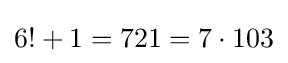
6!+1=721=7\cdot 103